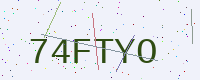
Text: 74FTYO